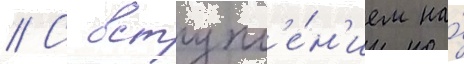
// С вступл'е́н'ием на́